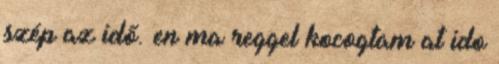
szép az idő. en ma reggel kocogtam at ido